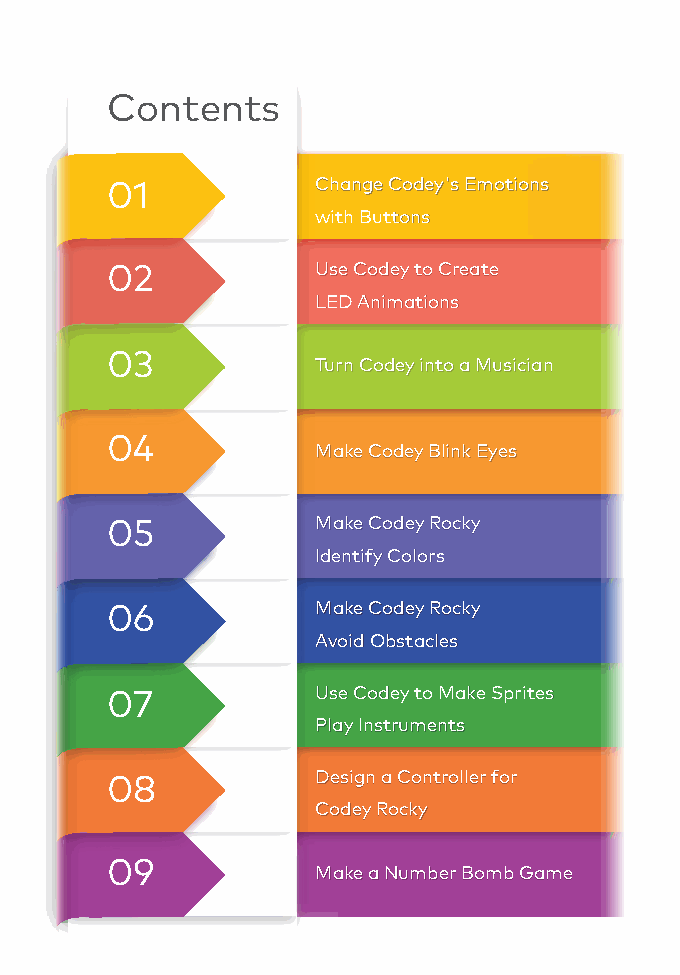
Contents
 01            CChhaannggee CCooddeeyy''ss EEmmoottiioonnss
 ww用iitthh按 BBuu钮tttt切oonnss换 小程的表情
 02            UUssee CCooddeeyy ttoo CCrreeaattee
 LLEEDD AAnniimmaattiioonnss
 03
 TTuurrnn CCooddeeyy iinnttoo aa MMuussiicciiaann
 04
 MMaakkee CCooddeeyy BBlliinnkk EEyyeess
 05            MMaakkee CCooddeeyy RRoocckkyy
 IIddeennttiiffyy CCoolloorrss
 06            MMaakkee CCooddeeyy RRoocckkyy
 AAvvooiidd OObbssttaacclleess
 07            UUssee CCooddeeyy ttoo MMaakkee SSpprriitteess
 PPllaayy IInnssttrruummeennttss
 08            DDeessiiggnn aa CCoonnttrroolllleerr ffoorr
 CCooddeeyy RRoocckkyy
 09
 MMaakkee aa NNuummbbeerr BBoommbb GGaammee